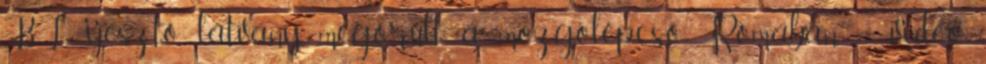
BL: ijesztő látvány, megőrült a mozgólépcső Rómában – videó